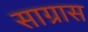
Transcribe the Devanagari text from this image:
साग्रास